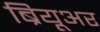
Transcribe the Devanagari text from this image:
ब्रियूअर